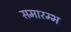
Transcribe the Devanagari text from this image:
समारम्भ